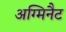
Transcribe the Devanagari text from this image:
अग्मिनैट